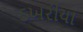
ડખરીયા